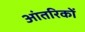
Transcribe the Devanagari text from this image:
आंतरिकों